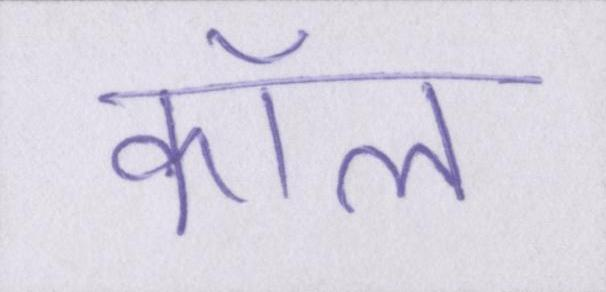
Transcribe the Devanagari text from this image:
कॉल